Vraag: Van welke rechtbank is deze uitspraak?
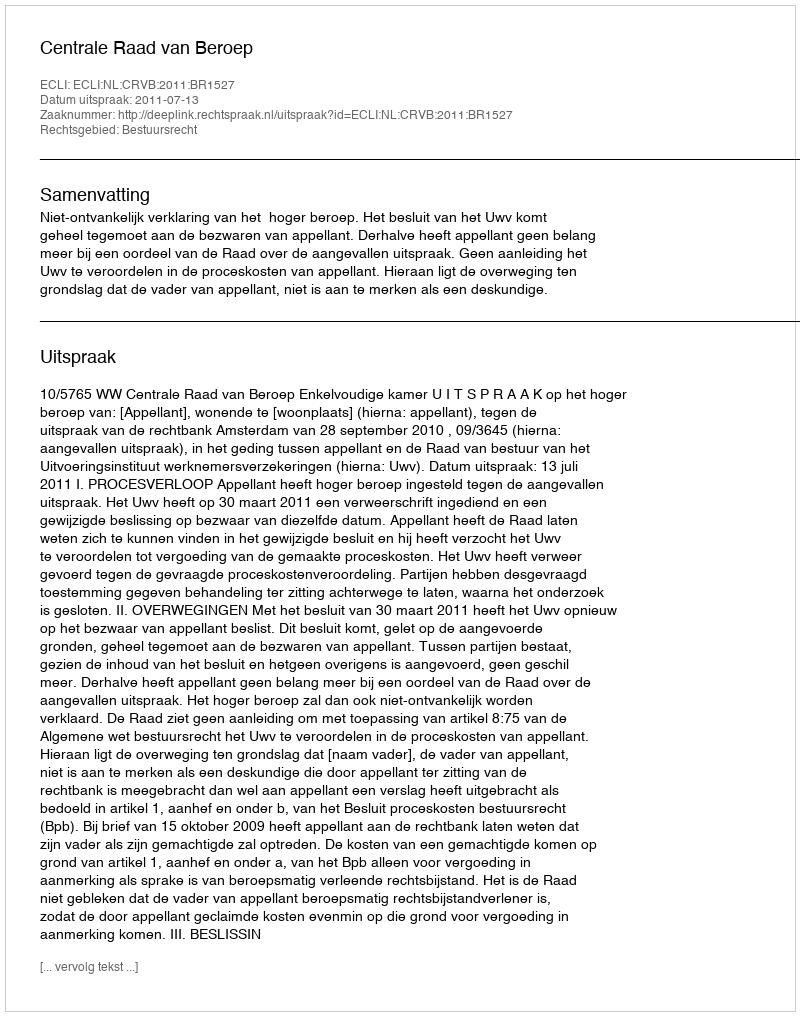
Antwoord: Centrale Raad van Beroep